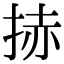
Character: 捇